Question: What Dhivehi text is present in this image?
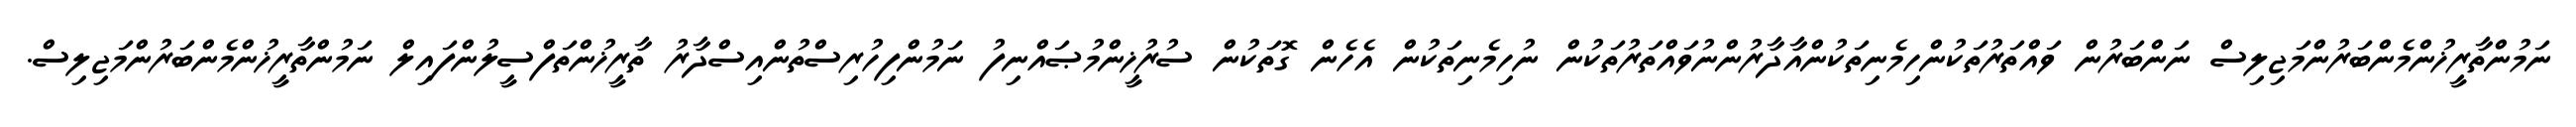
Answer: ނަމުންތާރީޚުންމެންބަރުންމަޖިލިސް ނަންބަރުން ވައްތަރުތަކުންހިމެނިތަކުންއާދާރުންނުވައްތަރުތަކުން ނުހިމެނިތަކުން އެހެން ގޮތަކުން ސުރުޚީންމުޞައްނިފު ނަމުންފިހުރިސްތުންއިސްދާރު ތާރީޚުންތަފްސީލުންފައިލް ނަމުންތާރީޚުންމެންބަރުންމަޖިލިސް.